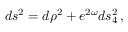
d s ^ { 2 } = d \rho ^ { 2 } + e ^ { 2 \omega } d s _ { 4 } ^ { 2 } \, ,